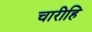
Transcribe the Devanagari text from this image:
चारीहि